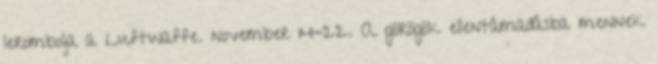
lerombolja a Luftwaffe. november 14-22. A görögök ellentámadásba mennek